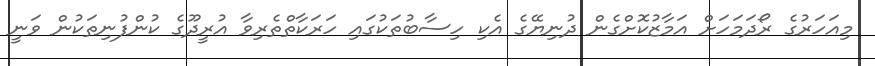
މިއަހަރުގެ ރޯދަމަހަށް އަމާޒުކޮށްގެން ދުނިޔޭގެެ އެކި ހިސާބުތަކުގައި ހަރަކާތްތެރިވާ އުރީދޫގެ ކުންފުނިތަކުން ވަނީ